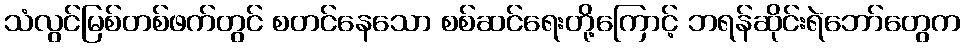
သံလွင်မြစ်တစ်ဖက်တွင် စတင်နေသော စစ်ဆင်ရေးတို့ကြောင့် ဘရန်ဆိုင်းရဲဘော်တွေက